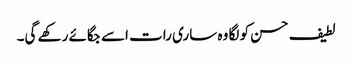
لطیف حسن کو لگا وہ ساری رات اسے جگائے رکھے گی۔